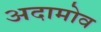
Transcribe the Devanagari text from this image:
अदामोव